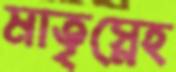
মাতৃস্নেহ